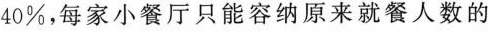
40%，每家小餐厅只能容纳原来就餐人数的